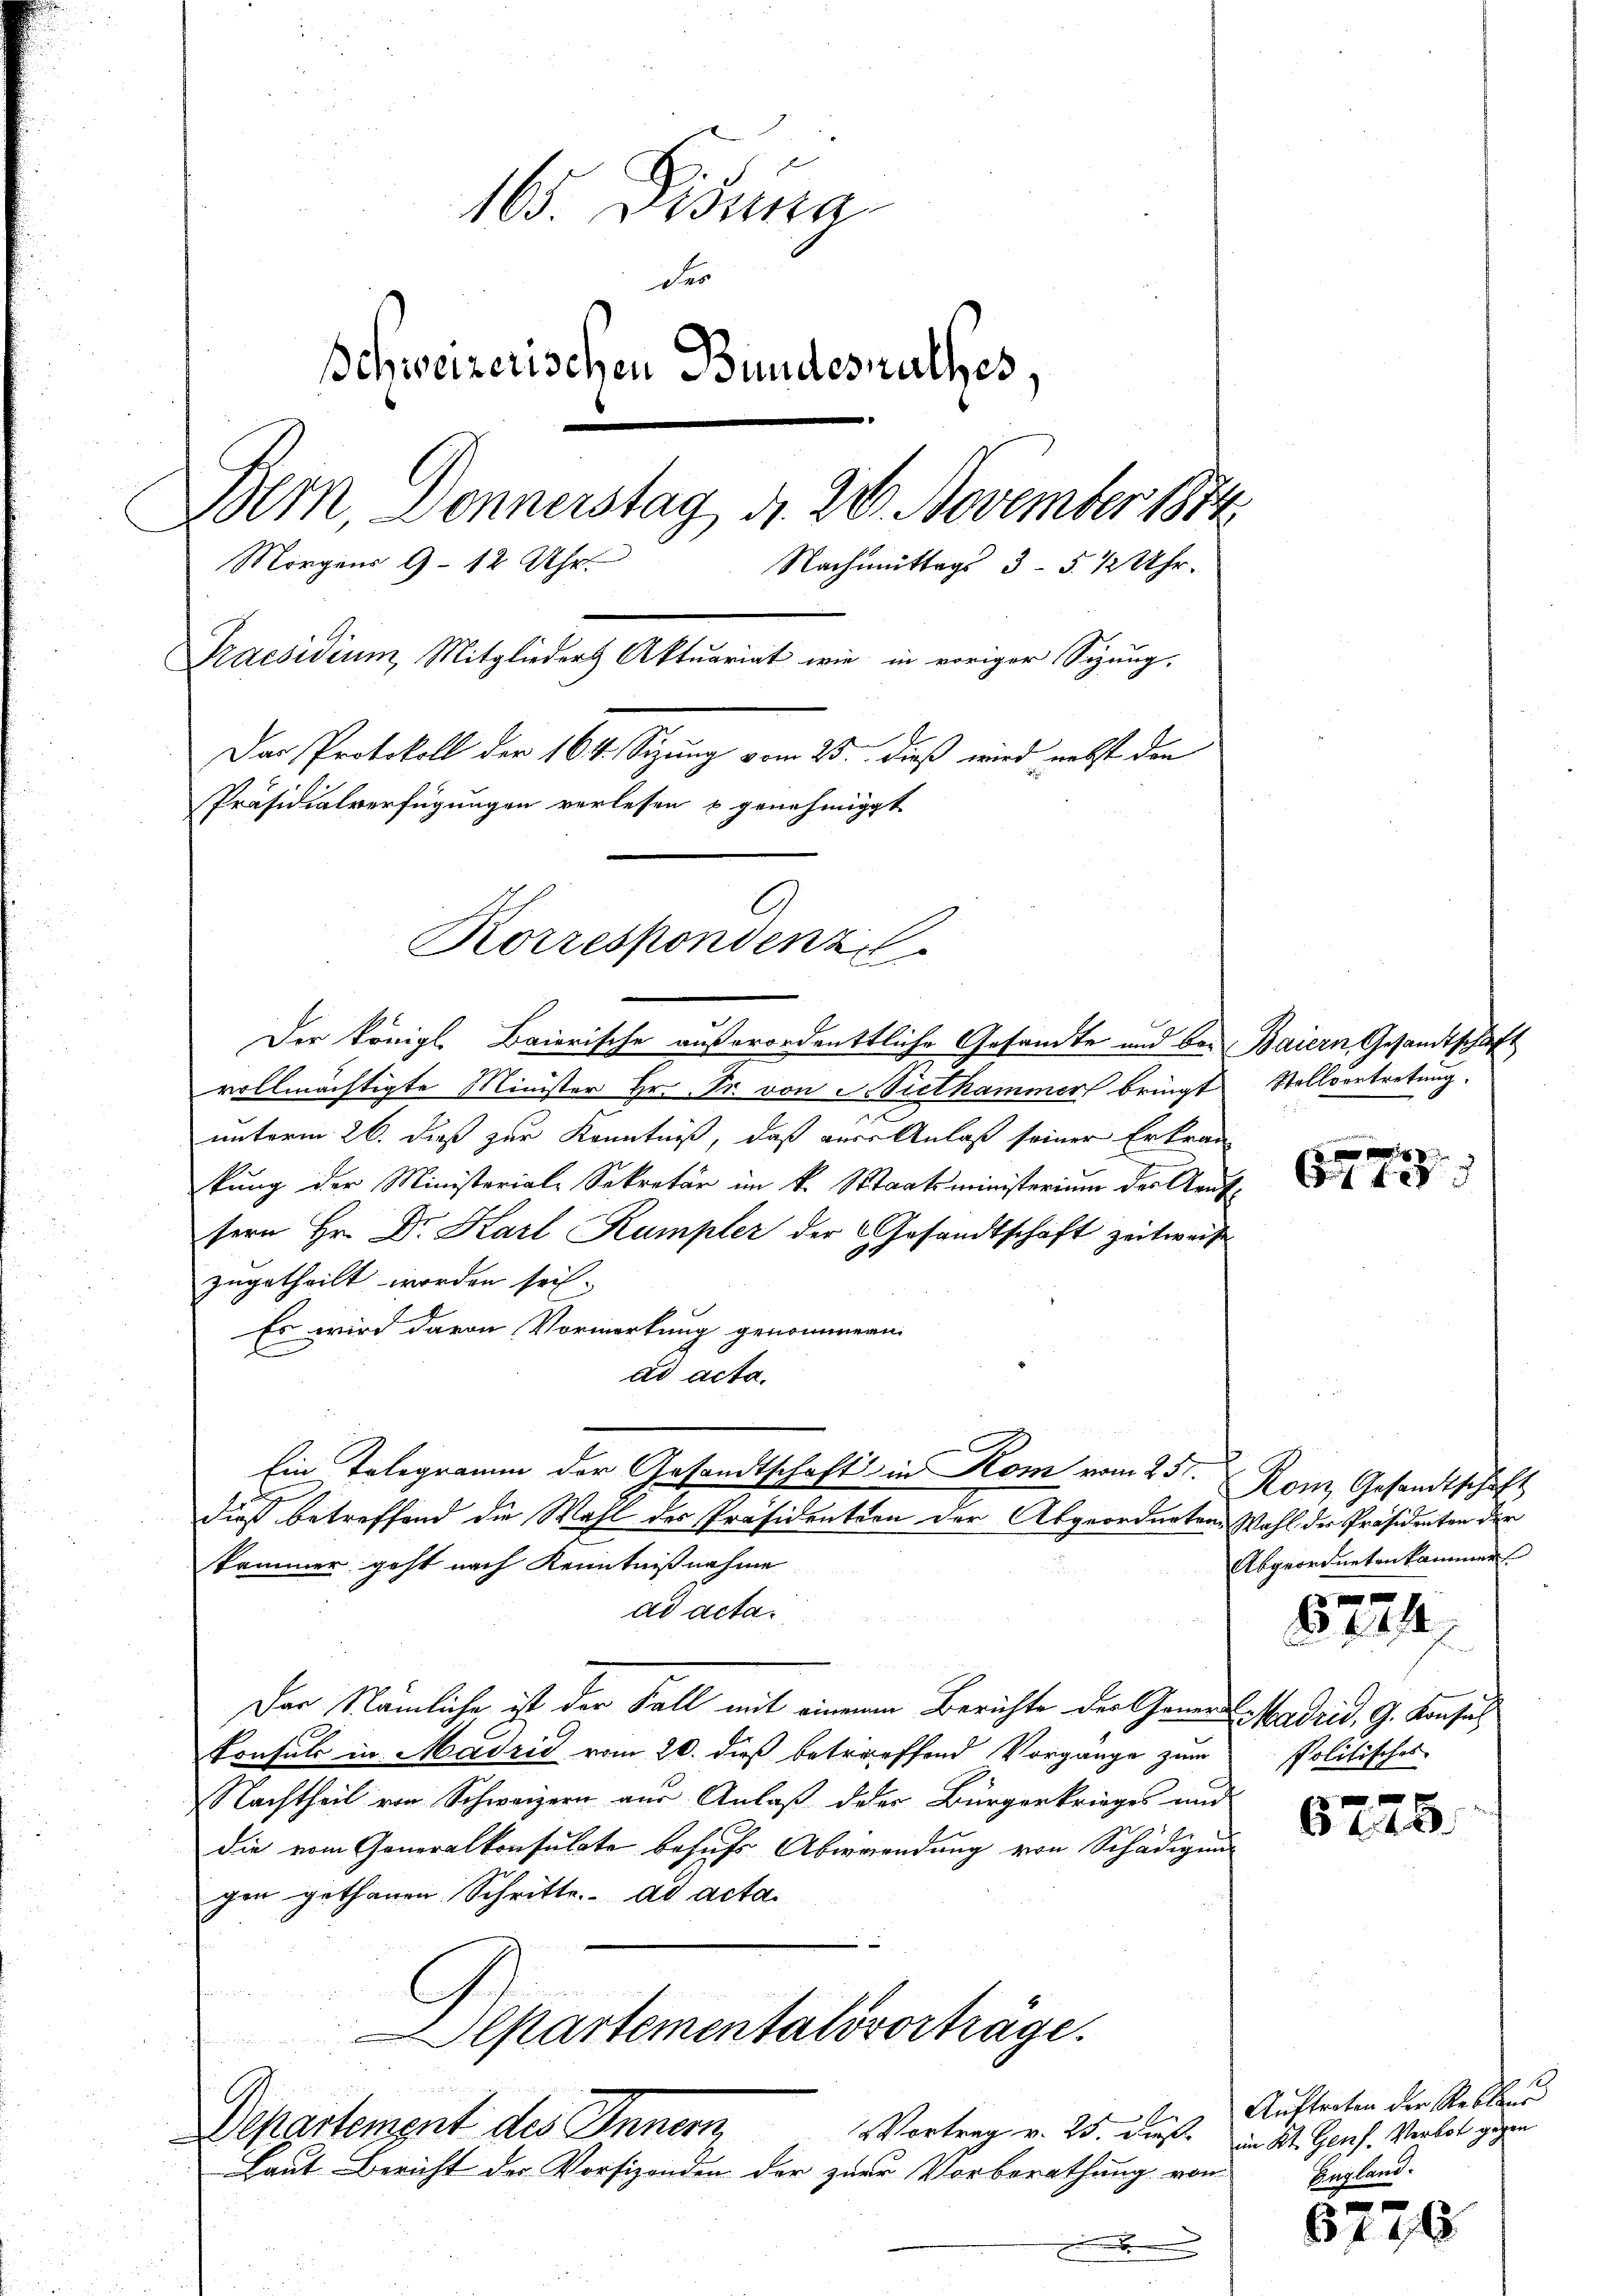
165. Disura
der
Schweizerischen Bundesrathes.
Bem, Donnerstag, d. 20. November 1884
Morgens 9 - 12 Uhr.
Nachmittags 3 - 5. 12 Uhr.
Praesidium, Mitglieder Aktuariat wie in voriger Sizung,
Das Protokoll der 164. Sizung vom 25. dieß wird nebst den
Präsidialverfügungen verlesen u genehmigt
Korrespondenz

Der Königl. Baierische außerordentliche Gesandte und bei Baiern Gesandtschaft
vollmächtigte Minister Hr. Fr. von Mithammer bringt
unterm 26. dieß zur Kenntniß, daß aus Anlaß seiner Erkran
kung der Ministerial-Sekretär im k. Staatsministerium des Reuttern Hr. Dr. Karl Kumpler der Gesandtschaft zeitweise
zugetheilt worden sei.
Es wird davon Vormerkung genommern.
ad acta.
Ein Telegramm der Gesandtschaft in Kom vom 25t.
dieß betreffend die Wahl des Präsidention der Abgeordneten Wahl der Präsidenten der
kammer geht nach Kenntnißnahme
ad acta.
Der Nämliche ist der Fall mit einem Berichte der Gener Madrid, G. Konsul
Consuls in Madrić vom 20. dieß betreffend Vorgänge zum
Nachtheil von Schweizern aus Anlaß deser Bürgerkrieges und
84
die vom Generalkonsulate besuchs Überwendung von Schädigung
gen gethanen Schritte. ad acta.
Alpartementalovorträge.
Departement des Innern,
Vortrag v. 25. ders in St. Genf. Verbot gegen
Laut Bericht der Vorsizenden der zur Vorberathung von

Stellvertretung.

61 f

Kon Gesandtschäft
Abgeordneten kammen.
f 0 x

Politisches

24

6225.

.
8 f 48

Auftreten der Reblan
England¬